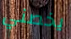
يخصني